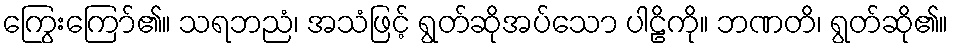
ကြွေးကြော်၏။ သရဘညံ၊ အသံဖြင့် ရွတ်ဆိုအပ်သော ပါဠိကို။ ဘဏတိ၊ ရွတ်ဆို၏။